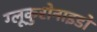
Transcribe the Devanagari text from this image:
ग्लूकुरोनाइडों